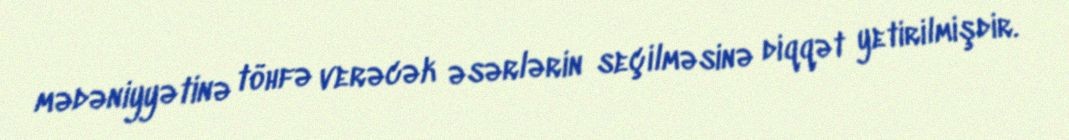
mədəniyyətinə töhfə verəcək əsərlərin seçilməsinə diqqət yetirilmişdir.